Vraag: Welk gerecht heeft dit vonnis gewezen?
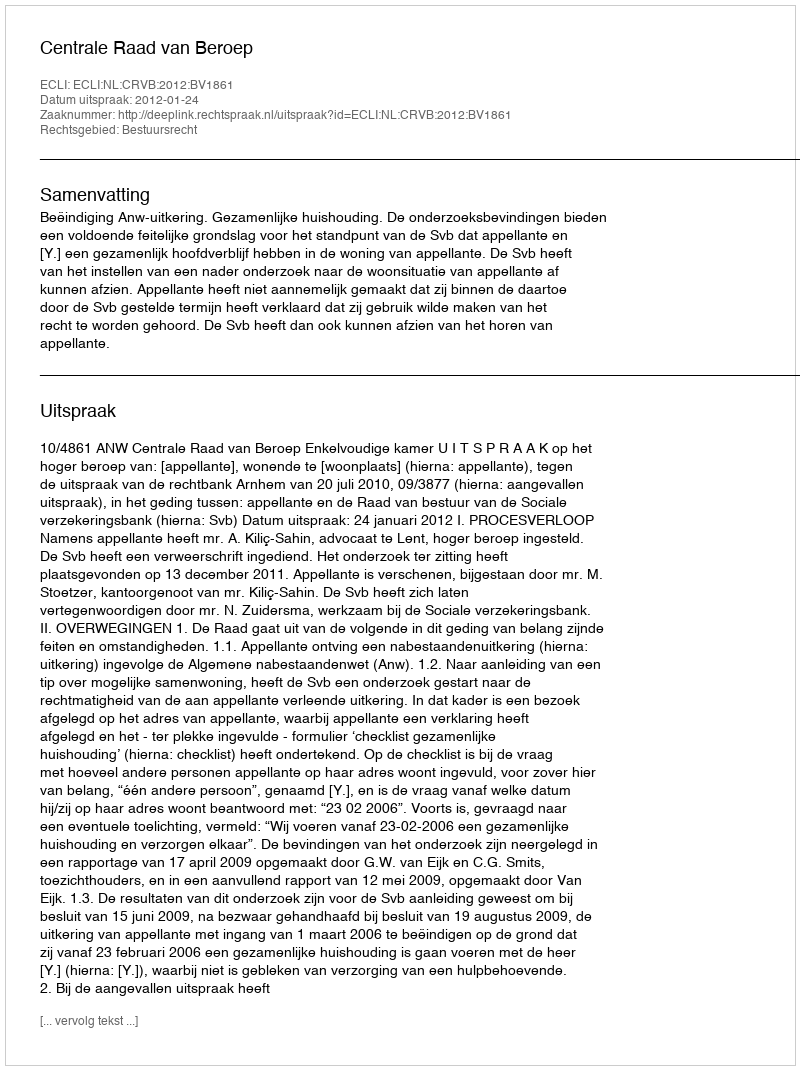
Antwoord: Centrale Raad van Beroep